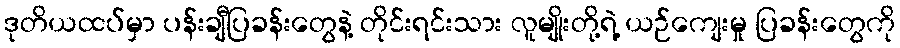
ဒုတိယထပ်မှာ ပန်းချီပြခန်းတွေနဲ့ တိုင်းရင်းသား လူမျိုးတို့ရဲ့ ယဉ်ကျေးမှု ပြခန်းတွေကို